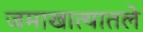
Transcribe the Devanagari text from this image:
जमाखात्यातले